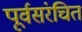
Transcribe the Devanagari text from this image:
पूर्वसंरचित